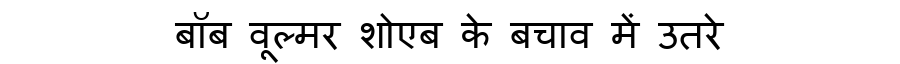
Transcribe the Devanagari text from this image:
बॉब वूल्मर शोएब के बचाव में उतरे